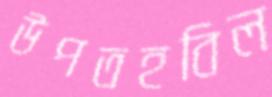
উপতহবিল